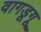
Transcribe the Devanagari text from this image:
वागडूगू